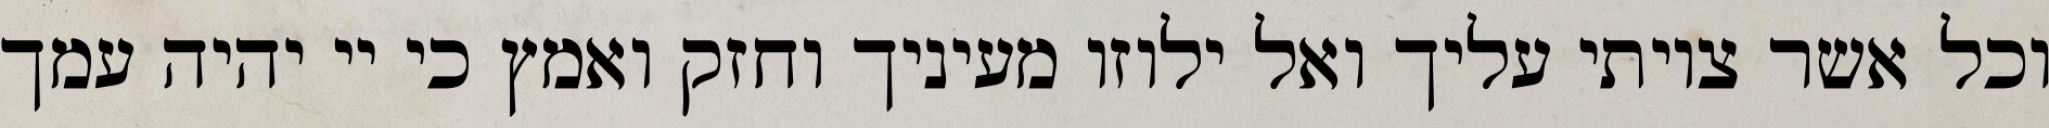
וכל אשר צויתי עליך ואל ילוזו מעיניך וחזק ואמץ כי יי יהיה עמך